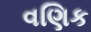
વણિક